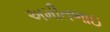
અમીતભાઇ